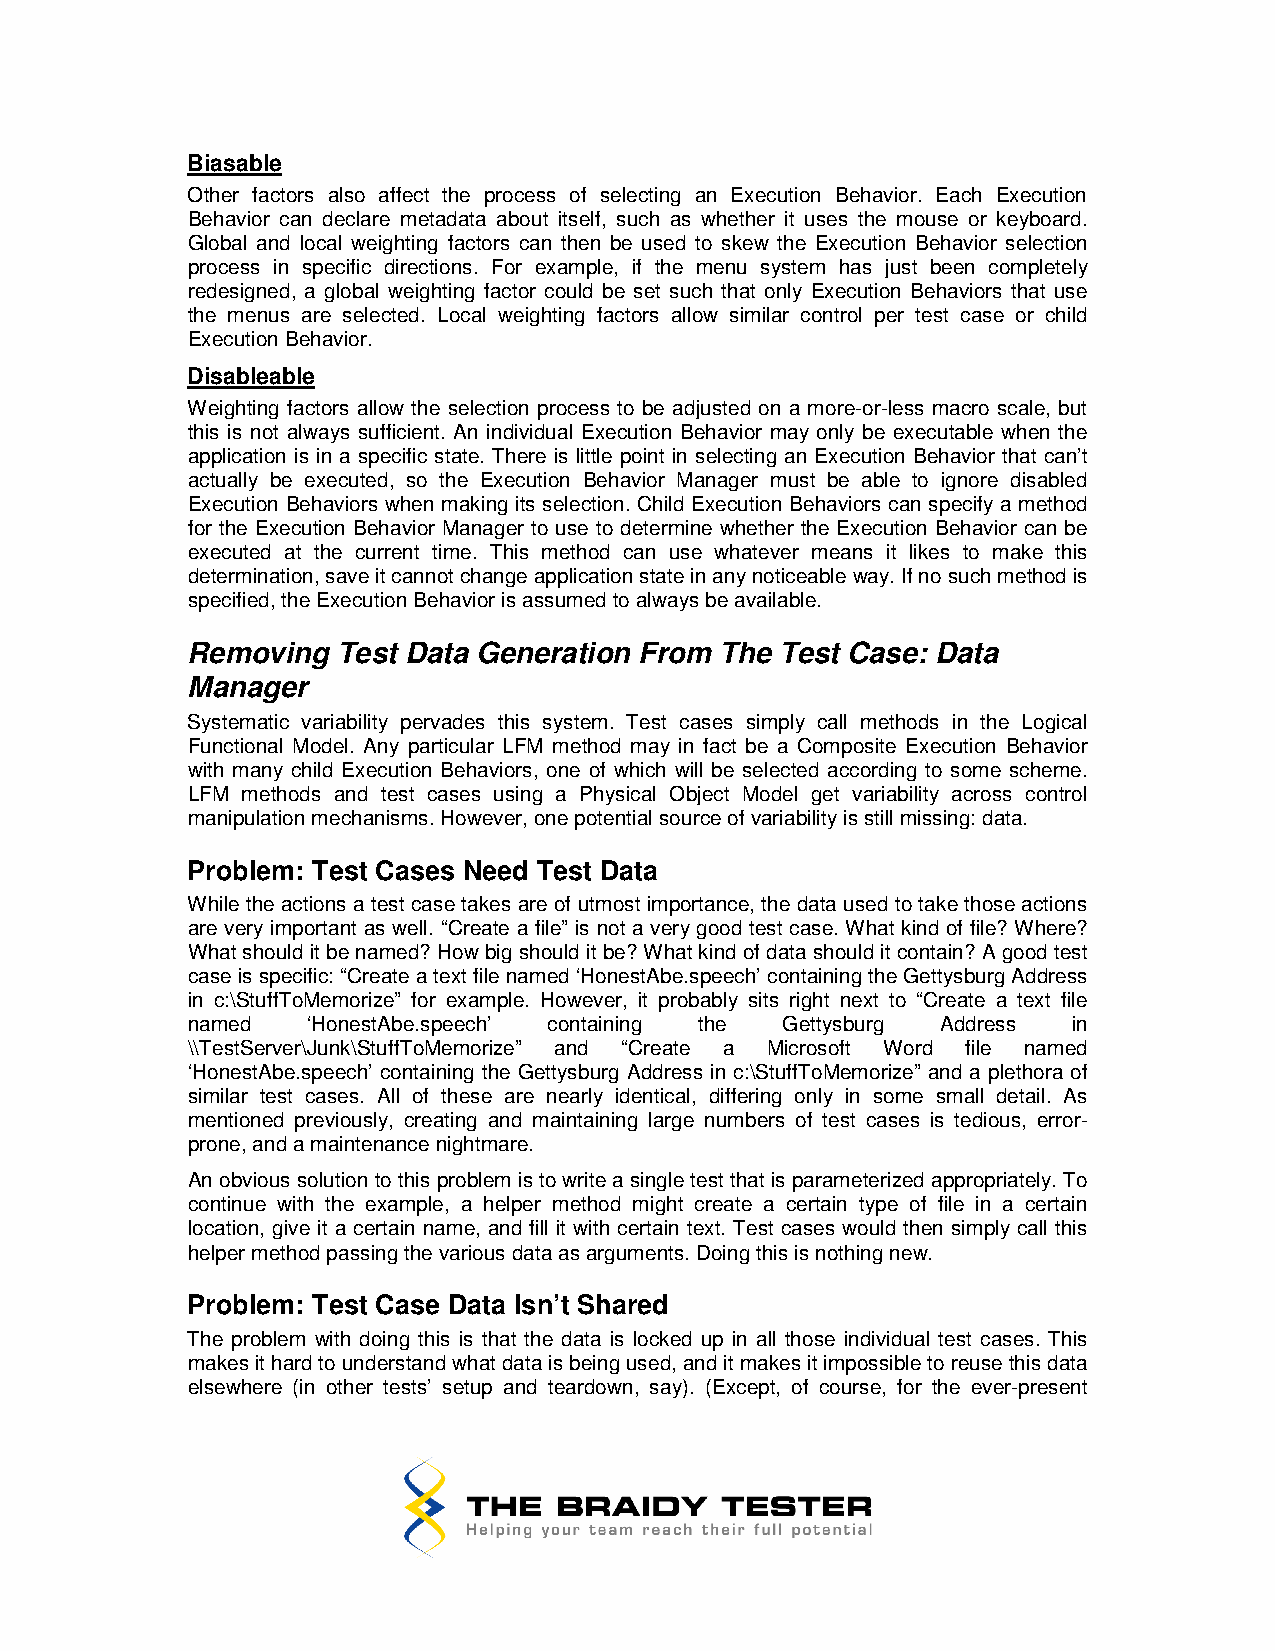
Biasable
 Other factors also affect the process of selecting an Execution Behavior. Each Execution
 Behavior can declare metadata about itself, such as whether it uses the mouse or keyboard.
 Global and local weighting factors can then be used to skew the Execution Behavior selection
 process in specific directions. For example, if the menu system has just been completely
 redesigned, a global weighting factor could be set such that only Execution Behaviors that use
 the menus are selected. Local weighting factors allow similar control per test case or child
 Execution Behavior.
 Disableable
 Weighting factors allow the selection process to be adjusted on a more-or-less macro scale, but
 this is not always sufficient. An individual Execution Behavior may only be executable when the
 application is in a specific state. There is little point in selecting an Execution Behavior that can’t
 actually be executed, so the Execution Behavior Manager must be able to ignore disabled
 Execution Behaviors when making its selection. Child Execution Behaviors can specify a method
 for the Execution Behavior Manager to use to determine whether the Execution Behavior can be
 executed at the current time. This method can use whatever means it likes to make this
 determination, save it cannot change application state in any noticeable way. If no such method is
 specified, the Execution Behavior is assumed to always be available.
 Removing  Test Data Generation From The Test Case: Data
 Manager
 Systematic variability pervades this system. Test cases simply call methods in the Logical
 Functional Model. Any particular LFM method may in fact be a Composite Execution Behavior
 with many child Execution Behaviors, one of which will be selected according to some scheme.
 LFM methods and test cases using a Physical Object Model get variability across control
 manipulation mechanisms. However, one potential source of variability is still missing: data.
 Problem: Test Cases Need Test Data
 While the actions a test case takes are of utmost importance, the data used to take those actions
 are very important as well. “Create a file” is not a very good test case. What kind of file? Where?
 What should it be named? How big should it be? What kind of data should it contain? A good test
 case is specific: “Create a text file named ‘HonestAbe.speech’ containing the Gettysburg Address
 in c:\StuffToMemorize” for example. However, it probably sits right next to “Create a text file
 named   ‘HonestAbe.speech’ containing the Gettysburg Address in
 \\TestServer\Junk\StuffToMemorize” and “Create a Microsoft Word file named
 ‘HonestAbe.speech’ containing the Gettysburg Address in c:\StuffToMemorize” and a plethora of
 similar test cases. All of these are nearly identical, differing only in some small detail. As
 mentioned previously, creating and maintaining large numbers of test cases is tedious, error-
 prone, and a maintenance nightmare.
 An obvious solution to this problem is to write a single test that is parameterized appropriately. To
 continue with the example, a helper method might create a certain type of file in a certain
 location, give it a certain name, and fill it with certain text. Test cases would then simply call this
 helper method passing the various data as arguments. Doing this is nothing new.
 Problem: Test Case Data Isn’t Shared
 The problem with doing this is that the data is locked up in all those individual test cases. This
 makes it hard to understand what data is being used, and it makes it impossible to reuse this data
 elsewhere (in other tests’ setup and teardown, say). (Except, of course, for the ever-present